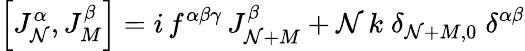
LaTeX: \left[J_{\mathcal{N}}^{\alpha},J_{M}^{\beta}\right]=i\, f^{\alpha\beta\gamma}\, J_{\mathcal{N}+M}^{\beta}+\mathcal{N}\, k\; \delta_{\mathcal{N}+M,0}\; \delta^{\alpha\beta}